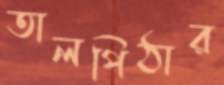
তালপিঠার